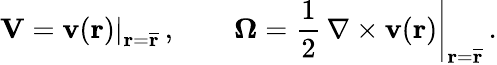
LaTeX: \mathbf{V}=\left.\mathbf{v}(\mathbf{r})\right|_{\mathbf{r}=\overline{{\mathbf{r}}}}\, ,\qquad\boldsymbol{\Omega}=\left.\frac{1}{2}\, \nabla\times\mathbf{v}(\mathbf{r})\right|_{\mathbf{r}=\overline{{\mathbf{r}}}}\, .